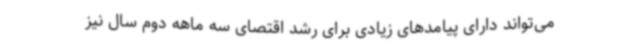
می‌تواند دارای پیامدهای زیادی برای رشد اقتصای سه ماهه دوم سال نیز